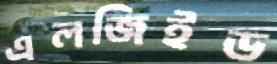
এলজিইড